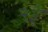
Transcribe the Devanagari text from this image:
२३ॅ